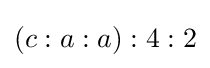
(c:a:a):4:2